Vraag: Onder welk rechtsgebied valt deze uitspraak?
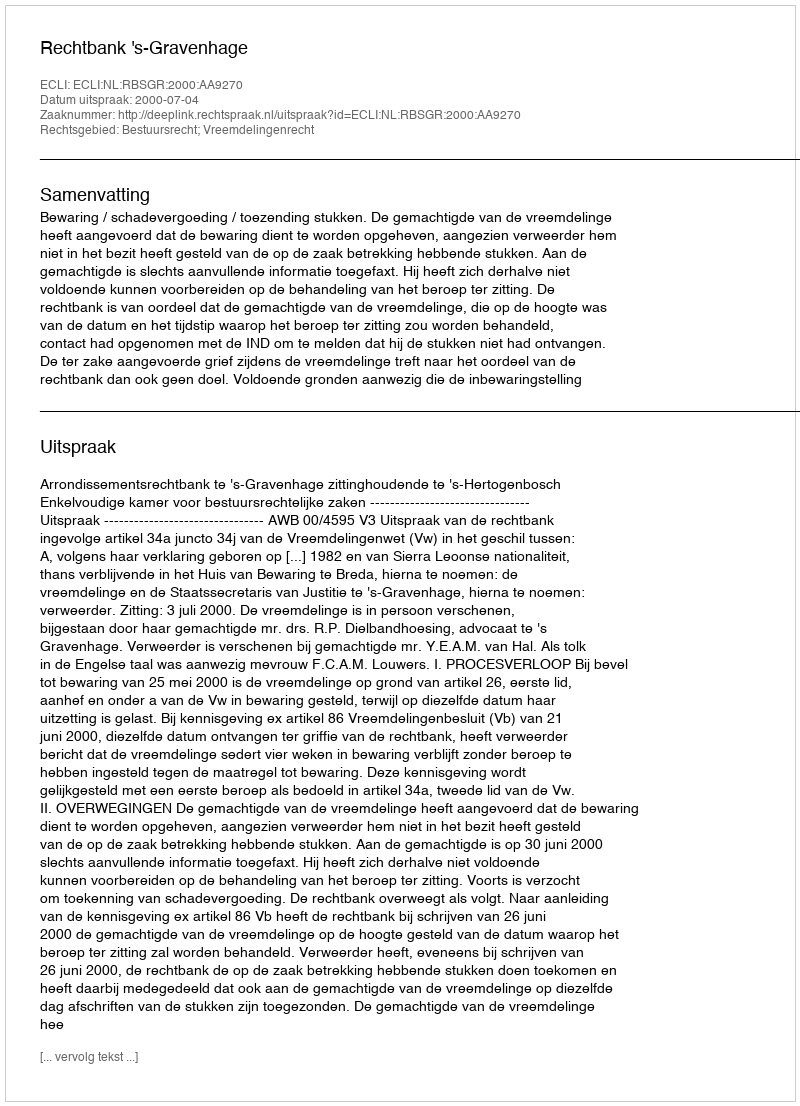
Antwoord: Bestuursrecht; Vreemdelingenrecht